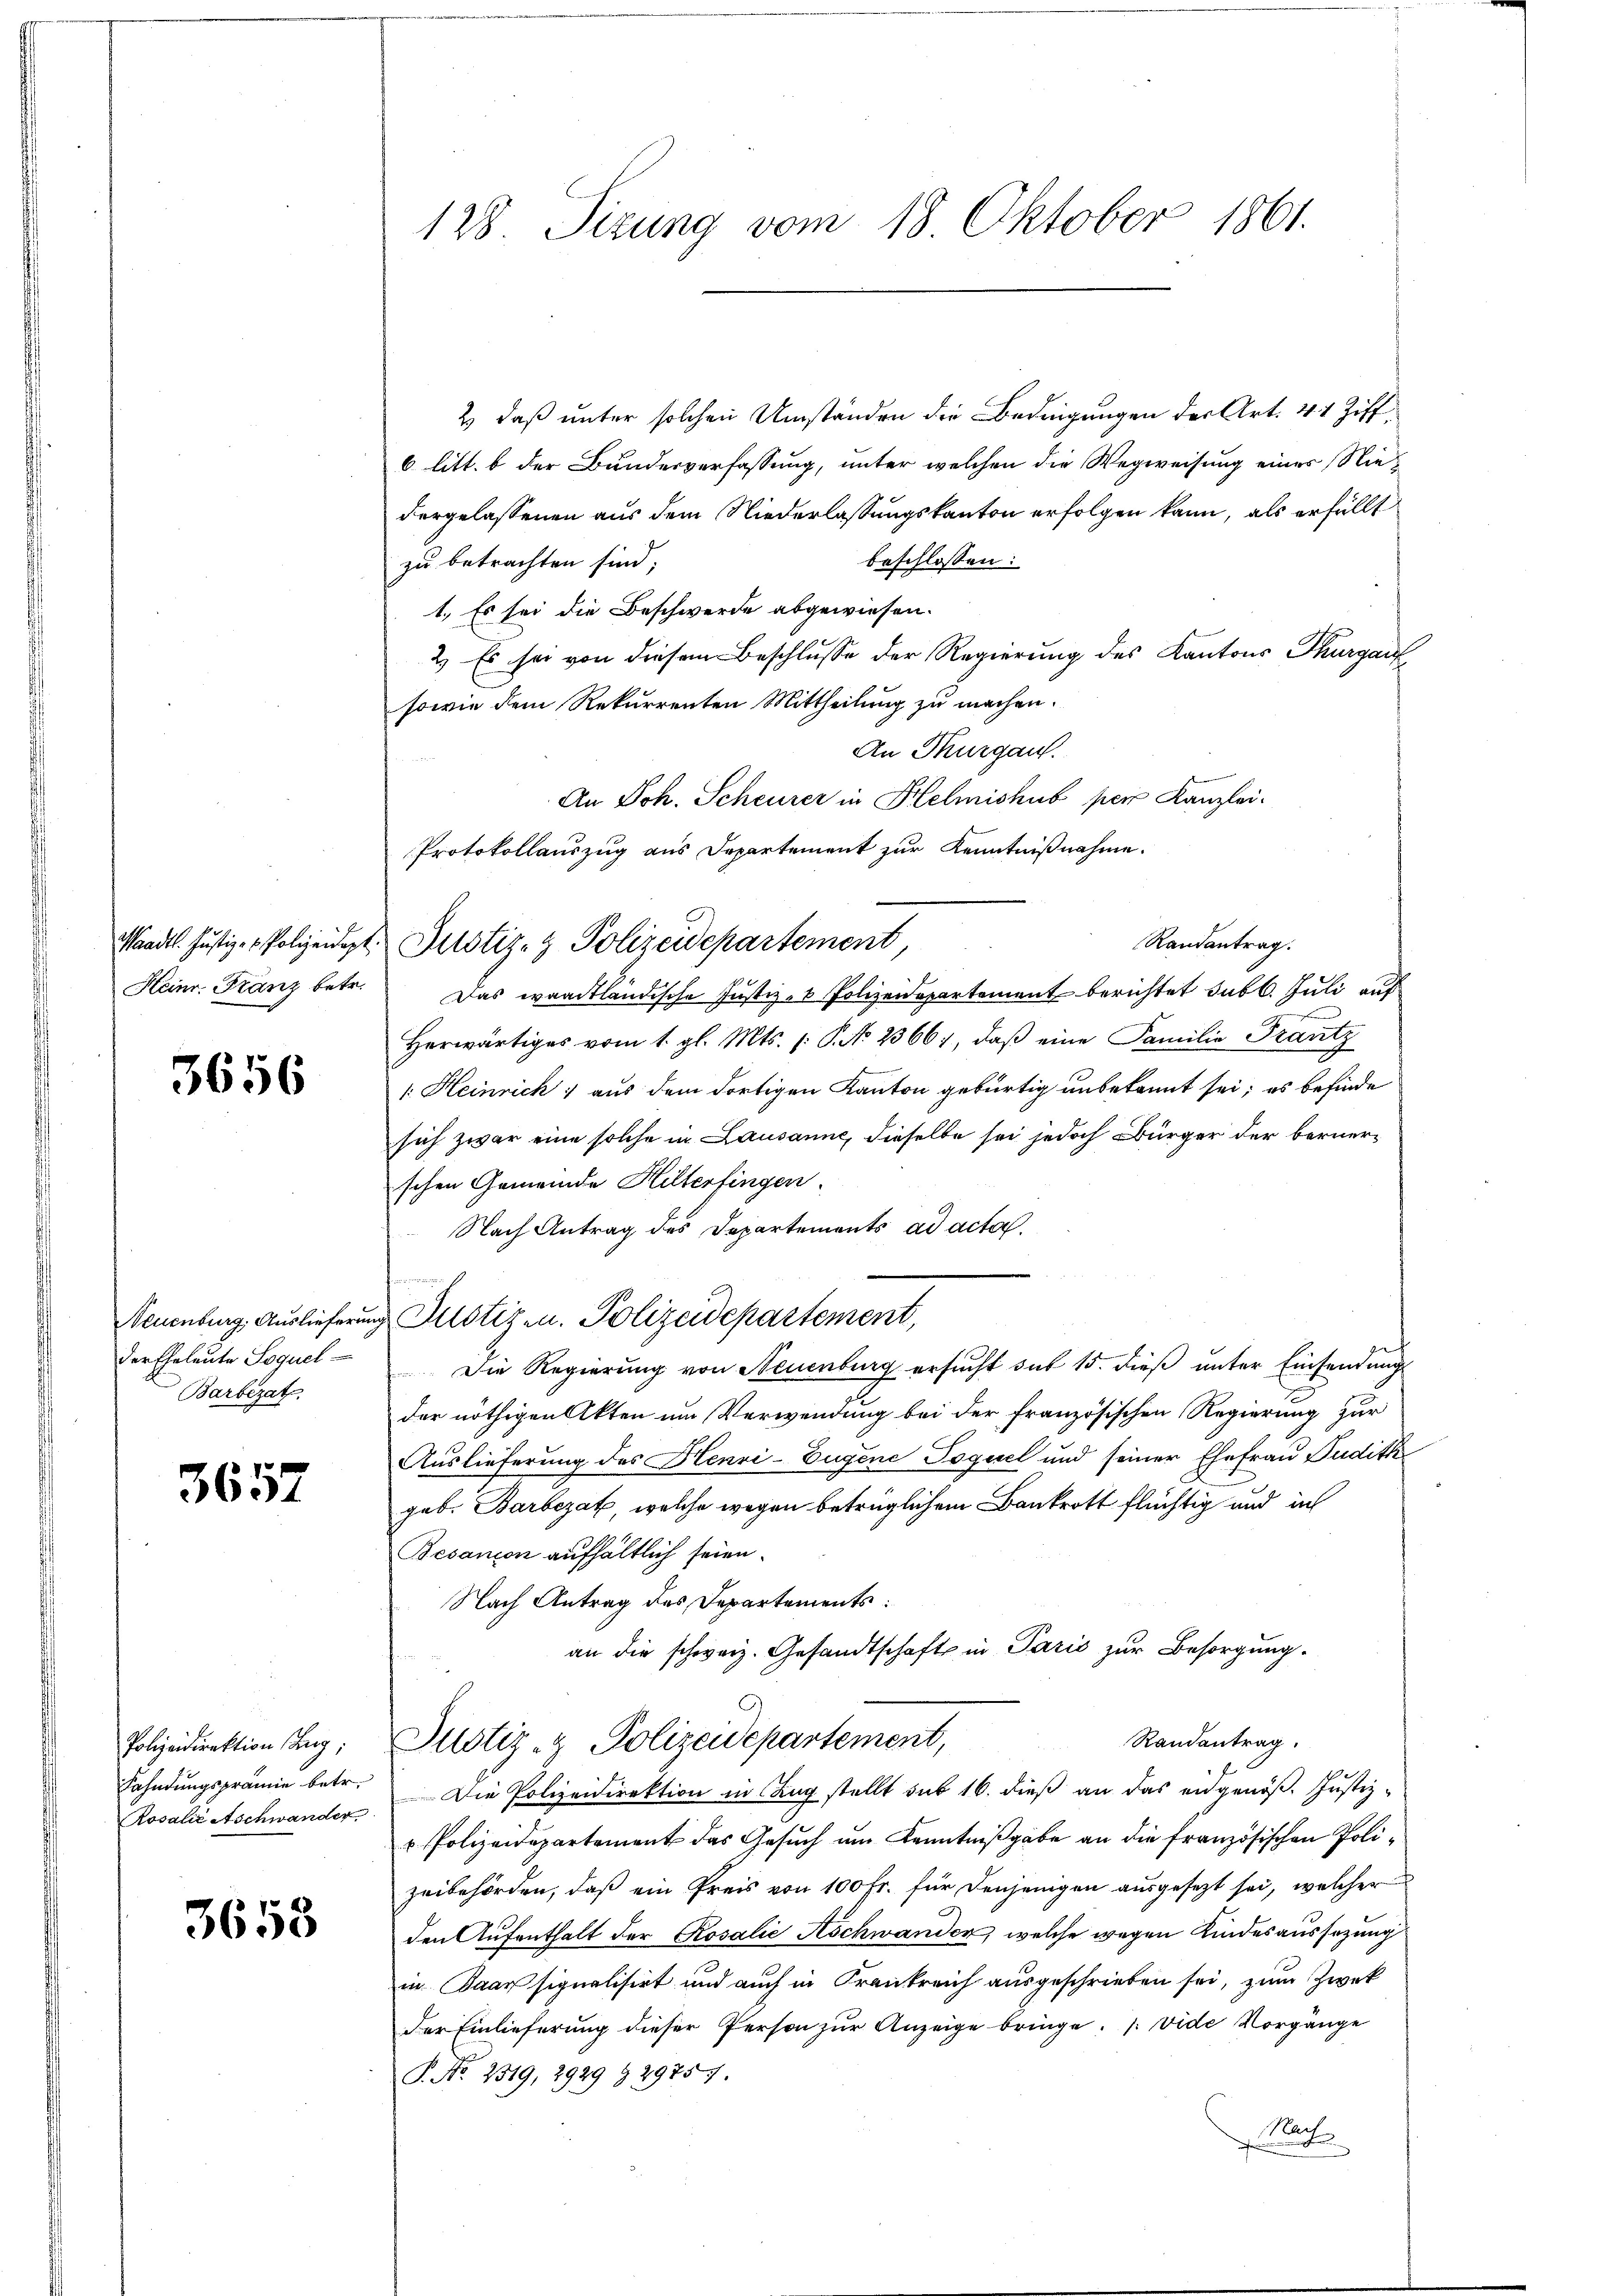
Waadt. Justiz- & Polizeidigt
Heinr. Franz betr.

3656

Neuenburg, Auslieferun
der Eheleute Sequel
Barbezat

3657

Polizeidirektion (Tang;
Fahndungsprämie betr.
Rosalie Aschwander

3653

128 Sizung vom 18. Oktober 1861.

2) daß unter solchen Umständen die Bedingungen der Art. 41 Ziff
6 litt. b der Bundesverfassung, unter welchen die Wegweisung einer Niedergelassenen aus dem Niederlassungskanton erfolgen kann, als erfüllt
zu betrachten sind;
beschlossen:
1. Es sei die Beschwerde abgewiesen.
2.) Es sei von diesem Beschlusse der Regierung des Kantons Thurgau
sowie dem Rekurrenten Mittheilung zu machen.
An Thurgau.
An Joh. Scheurer in Helmishub per Kanzlei.
Protokollauszug aus Departement zur Kenntnißnahme.
Randantrag.
1. Justiz- & Polizeidepartement
Das waadtländische Justiz- & Polizeidepartement berichtet sub 6. Juli auf
Herwärtiges vom 1. gl. Mts. /: P. No. 23661, daß eine Familie Frantz
1. Heinrich aus dem dortigen Kanton gebürtig unbekannt sei; es befinde
sich zwar eine solche in Lausanne, dieselbe sei jedoch Bürger der bernerschen Gemeinde Hilterfingen.
Nach Antrag des Departements ad acta
 Justiz- u. Polizeidepartement,
Die Regierung von Neuenburg ersucht sub 15. dieß unter Einsendung
der nöthigen Akten um Verwendung bei der französischen Regierung zur
Auslieferung des Henri-Eugene Toquel und seiner Ehefrau Pudith
geb. Barbezak, welche wegen betrüglichem Bankrott flüchtig und ich
Besanion aufhältlich seien.
Nach Antrag des Departements:
an die schweiz. Gesandtschaft in Paris zur Besorgung.
Randantrag.
Justiz- & Polizeidepartement,
Die Polizeidirektion in Lang stellt sub 16. dieß an das eidgenöß. Justiz¬
u Polizeidepartement das Gesuch um Kenntnißgabe an die französischen Polizeibehörden, daß ein Preis von 100 fr. für denjenigen ausgesezt sei, welcher
den Aufenthalt der Rosalie Aschwander, welche wegen Kindesaussetzung
in Baarsignalisirt und auch in Frankreich ausgeschrieben sei, zum Zwek
der Einlieferung dieser Person zur Anzeige bringe. (vide Vorgänge
P. No. 2319, 2929 § 29757.
Nach
e